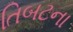
તિબટના